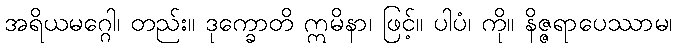
အရိယမဂ္ဂေါ၊ တည်း။ ဒုက္ခောတိ ဣမိနာ၊ ဖြင့်။ ပါပံ၊ ကို။ နိဇ္ဇရာပေဿာမ၊